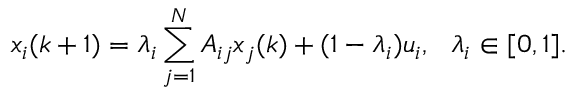
x _ { i } ( k + 1 ) = \lambda _ { i } \sum _ { j = 1 } ^ { N } A _ { i j } x _ { j } ( k ) + ( 1 - \lambda _ { i } ) u _ { i } , \ \ \lambda _ { i } \in [ 0 , 1 ] .